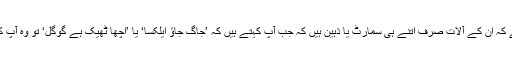
ان کمپنیوں کا اصرار ہے کہ ان کے آلات صرف اتنے ہی سمارٹ یا ذہین ہیں کہ جب آپ کہتے ہیں کہ ’جاگ جاؤ ایلکسا‘ یا ’اچھا ٹھیک ہے گوگل‘ تو وہ آپ کی بات سمجھ جاتے ہیں۔